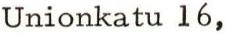
Unionkatu 16,